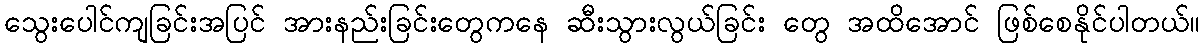
သွေးပေါင်ကျခြင်းအပြင် အားနည်းခြင်းတွေကနေ ဆီးသွားလွယ်ခြင်း တွေ အထိအောင် ဖြစ်စေနိုင်ပါတယ်။